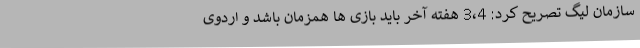
سازمان لیگ تصریح کرد: 3،4 هفته آخر باید بازی ها همزمان باشد و اردوی